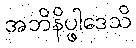
အဘိနိပ္ဖါဒေသိ